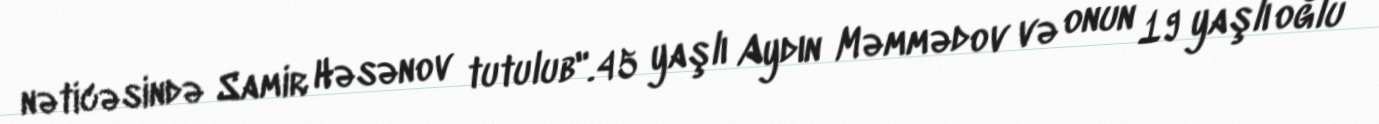
nəticəsində Samir Həsənov tutulub".45 yaşlı Aydın Məmmədov və onun 19 yaşlı oğlu